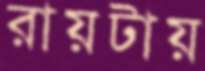
রায়টায়